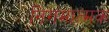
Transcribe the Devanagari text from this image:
निगमात्मक